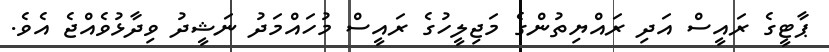
ޕާޓީގެ ރައީސް އަދި ރައްޔިތުންގެ މަޖިލީހުގެ ރައީސް މުހައްމަދު ނަޝީދު ވިދާޅުވެއްޖެ އެވެ.